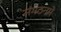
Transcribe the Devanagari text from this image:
संगठनमे